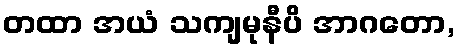
တထာ အယံ သကျမုနီပိ အာဂတော,